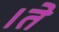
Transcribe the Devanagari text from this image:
।ते